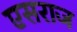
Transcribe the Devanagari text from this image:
एसराज